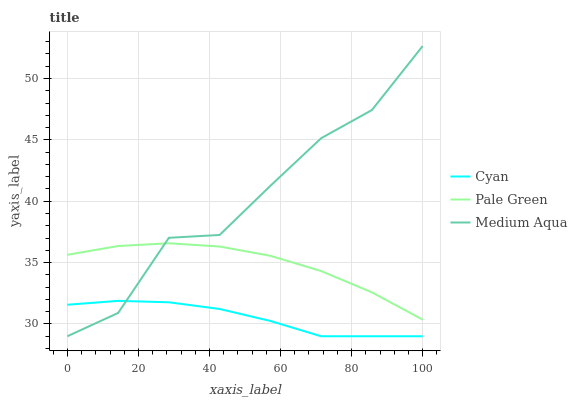
| xaxis_label | Cyan | Pale Green | Medium Aqua |
 | --- | --- | --- | --- |
 | 0 | 31.6 | 35.6 | 29 |
 | 14.3 | 31.9 | 36.4 | 30.9 |
 | 28.6 | 31.8 | 36.6 | 37 |
 | 42.9 | 31.2 | 36.3 | 37.3 |
 | 57.1 | 30.2 | 35.6 | 41.3 |
 | 71.4 | 29 | 34.3 | 45.1 |
 | 85.7 | 29 | 32.6 | 47.4 |
 | 100 | 29 | 30.4 | 52.7 |